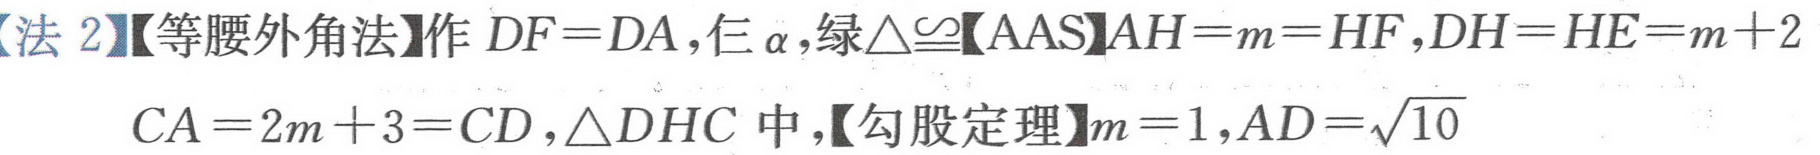
【法2】【等腰外角法】作 \(DF = DA\)，仨\(\alpha\)，绿\(\triangle\cong\)【AAS】\(AH = m = HF\)，\(DH = HE = m + 2\)
\(CA = 2m + 3=CD\)，\(\triangle DHC\)中，【勾股定理】\(m = 1\)，\(AD=\sqrt{10}\)